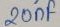
Text: 20µF